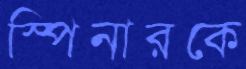
স্পিনারকে